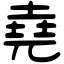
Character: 堯